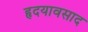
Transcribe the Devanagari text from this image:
हृदयावसाद